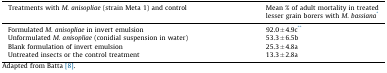
<table><thead><tr><td><b>Treatments with <i>M. anisopliae</i> (strain Meta 1) and control</b></td><td><b>Mean % of adult mortality in treated lesser grain borers with <i>M. bassiana</i>*</b></td></tr></thead><tbody><tr><td>Formulated <i>M. anisopliae</i> in invert emulsion</td><td>92.0 ± 4.9c**</td></tr><tr><td>Unformulated <i>M. anisopliae</i> (conidial suspension in water)</td><td>53.3 ± 6.5b</td></tr><tr><td>Blank formulation of invert emulsion</td><td>25.3 ± 4.8a</td></tr><tr><td>Untreated insects or the control treatment</td><td>13.3 ± 2.8a</td></tr></tbody></table>